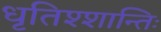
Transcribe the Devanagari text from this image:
धृतिश्शान्तिः